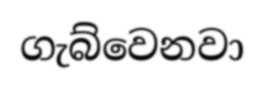
ගැබ්වෙනවා